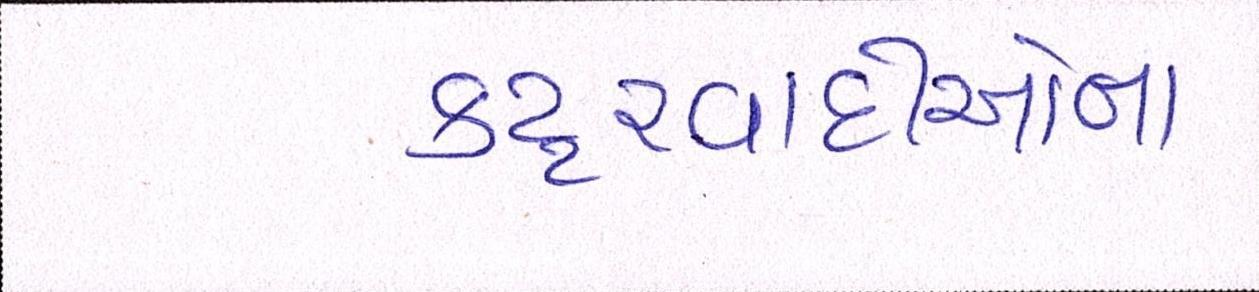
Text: કટ્ટરવાદીઓના